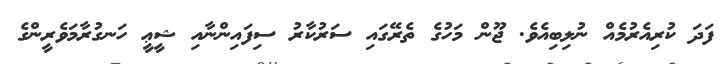
ފަދަ ކުރިއެރުމެއް ނުލިބިއެވެ. ޖޫން މަހުގެ ތެރޭގައި ސަރުކާރު ސިފައިންނާއި ޝީޢީ ހަނގުރާމަވެރީންގެ